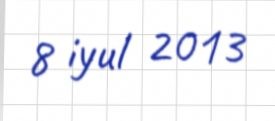
8 iyul 2013